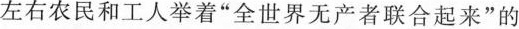
左右农民和工人举着”全世界无产者联合起来”的